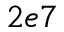
2 e 7